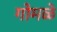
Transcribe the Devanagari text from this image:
गोमळे